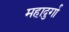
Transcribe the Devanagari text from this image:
महादुर्गा